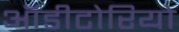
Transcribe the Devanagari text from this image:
ऑडीटोरियो